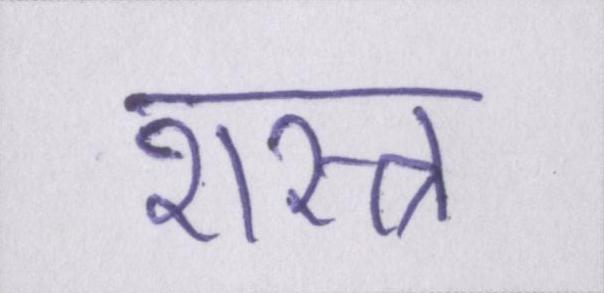
शस्त्र